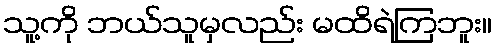
သူ့ကို ဘယ်သူမှလည်း မထိရဲကြဘူး။